Treatise on elephants
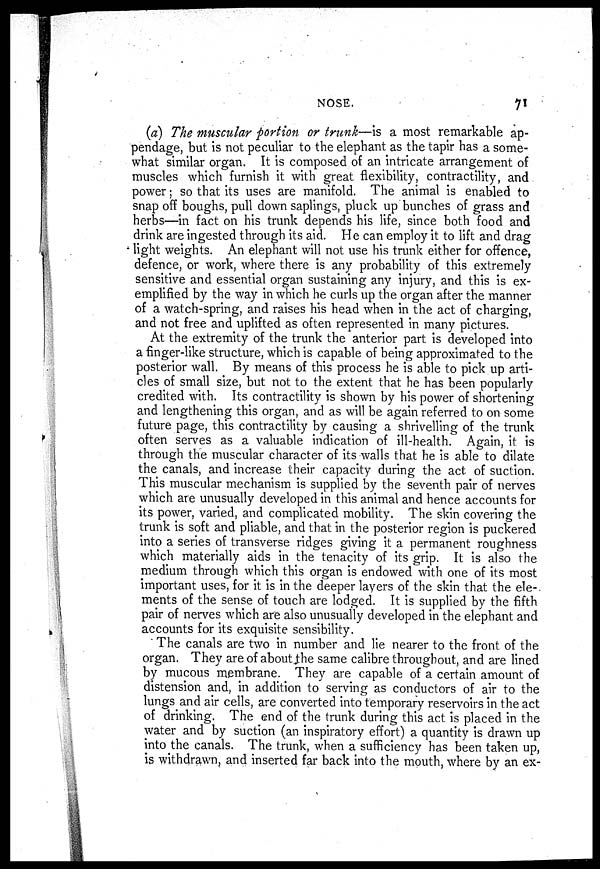
NOSE.
71
(a) The muscular portion or trunk—is a most remarkable ap-
pendage, but is not peculiar to the elephant as the tapir has a some-
what similar organ. It is composed of an intricate arrangement of
muscles which furnish it with great flexibility, contractility, and
power; so that its uses are manifold. The animal is enabled to
snap off boughs, pull down saplings, pluck up bunches of grass and
herbs—in fact on his trunk depends his life, since both food and
drink are ingested through its aid. He can employ it to lift and drag
light weights. An elephant will not use his trunk either for offence,
defence, or work, where there is any probability of this extremely
sensitive and essential organ sustaining any injury, and this is ex-
emplified by the way in which he curls up the organ after the manner
of a watch-spring, and raises his head when in the act of charging,
and not free and uplifted as often represented in many pictures.
At the extremity of the trunk the anterior part is developed into
a finger-like structure, which is capable of being approximated to the
posterior wall. By means of this process he is able to pick up arti-
cles of small size, but not to the extent that he has been popularly
credited with. Its contractility is shown by his power of shortening
and lengthening this organ, and as will be again referred to on some
future page, this contractility by causing a shrivelling of the trunk
often serves as a valuable indication of ill-health. Again, it is
through the muscular character of its walls that he is able to dilate
the canals, and increase their capacity during the act of suction.
This muscular mechanism is supplied by the seventh pair of nerves
which are unusually developed in this animal and hence accounts for
its power, varied, and complicated mobility. The skin covering the
trunk is soft and pliable, and that in the posterior region is puckered
into a series of transverse ridges giving it a permanent roughness
which materially aids in the tenacity of its grip. It is also the
medium through which this organ is endowed with one of its most
important uses, for it is in the deeper layers of the skin that the ele-
ments of the sense of touch are lodged. It is supplied by the fifth
pair of nerves which are also unusually developed in the elephant and
accounts for its exquisite sensibility.
The canals are two in number and lie nearer to the front of the
organ. They are of about the same calibre throughout, and are lined
by mucous membrane. They are capable of a certain amount of
distension and, in addition to serving as conductors of air to the
lungs and air cells, are converted into temporary reservoirs in the act
of drinking. The end of the trunk during this act is placed in the
water and by suction (an inspiratory effort) a quantity is drawn up
into the canals. The trunk, when a sufficiency has been taken up,
is withdrawn, and inserted far back into the mouth, where by an ex-